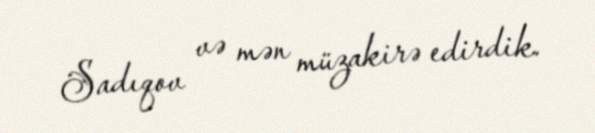
Sadıqov və mən müzakirə edirdik.